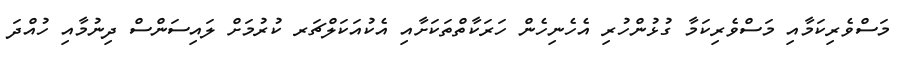
މަސްވެރިކަމާއި މަސްވެރިކަމާ ގުޅުންހުރި އެހެނިހެން ހަރަކާތްތަކަށާއި އެކުއަކަލްޗަރ ކުރުމަށް ލައިސަންސް ދިނުމާއި ހުއްދަ